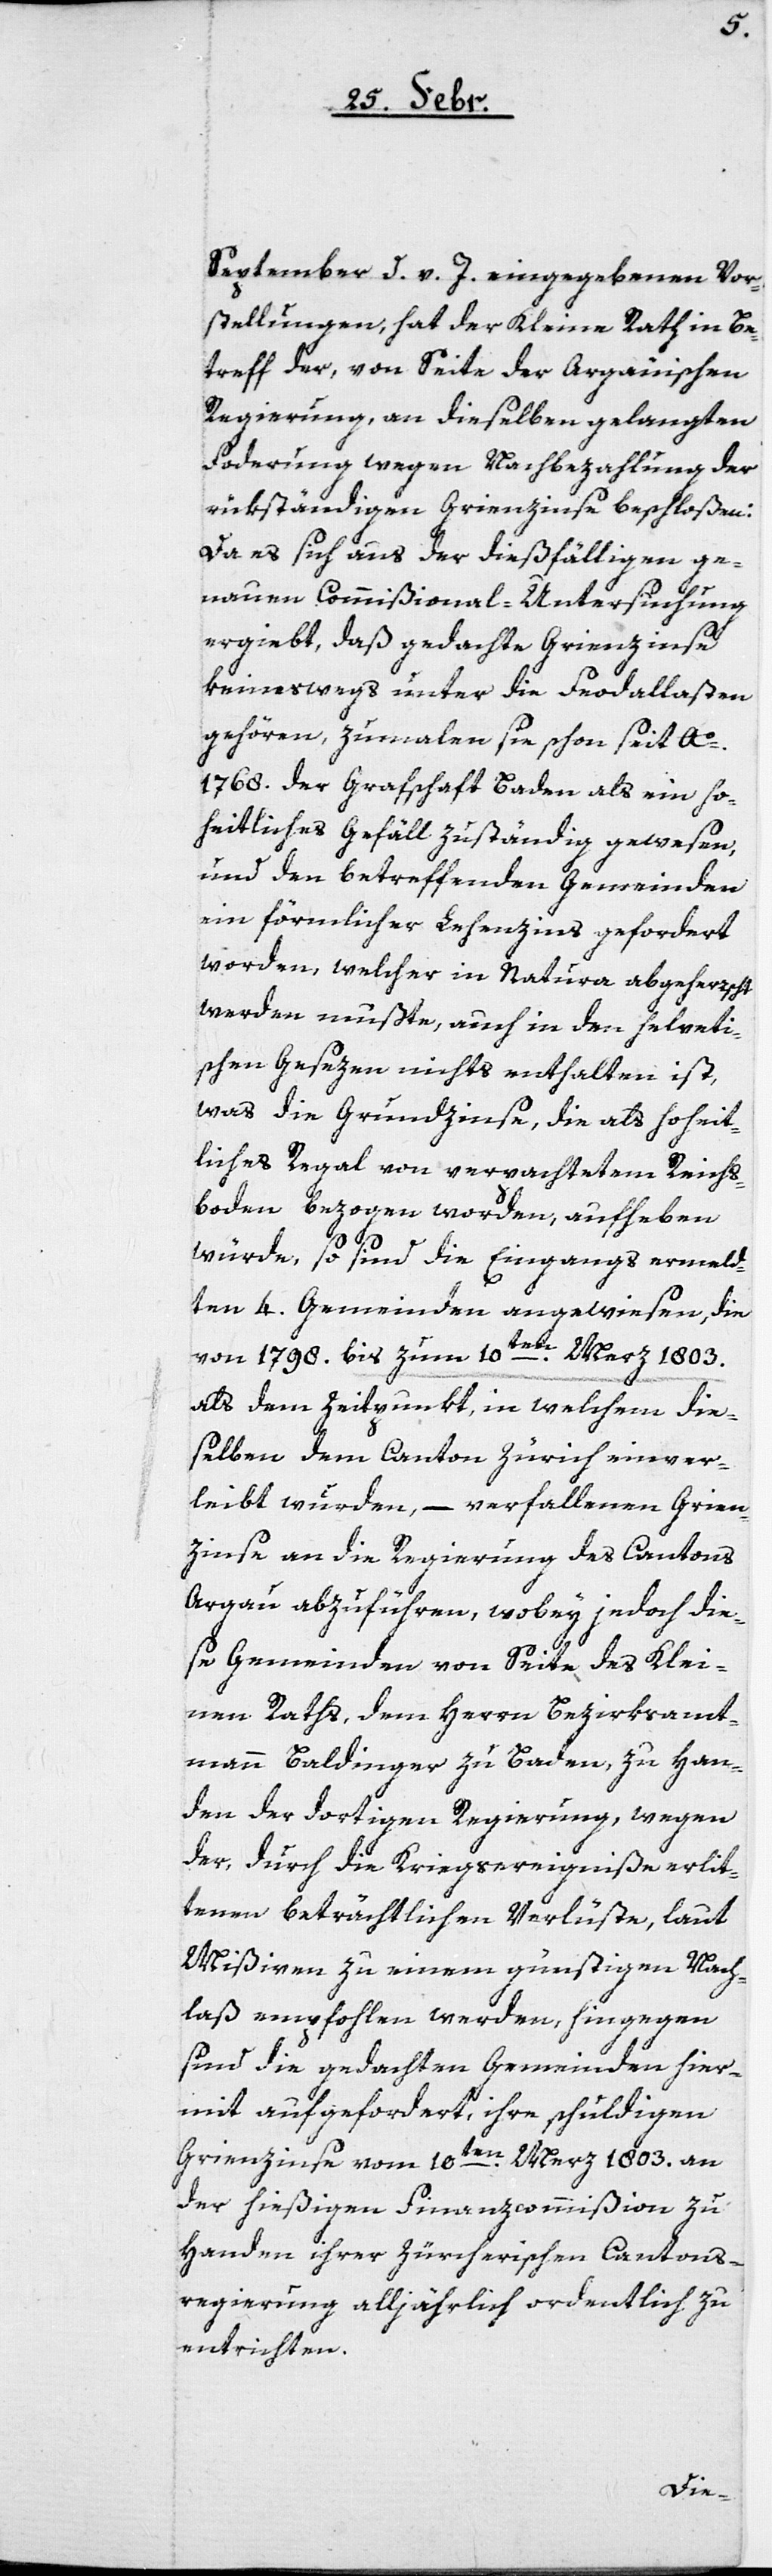
September d. v. J. eingegebenen Vor¬
stellungen, hat der Kleine Rath in Be¬
treff der, von Seite der Argauischen
Regierung, an dieselben gelangten
Fo[r]derung wegen Nachbezahlung der
rükständigen Grienzinse beschloßen:
Da es sich aus der dießfälligen ge¬
nauen Commißional-Untersuchung
ergiebt, daß gedachte Grienzinse
keineswegs unter die Frodallasten
gehören, zumalen sie schon seit Ao
1768 der Grafschaft Baden als ein ho¬
heitliches Gefäll zuständig gewesen,
und den betreffenden Gemeinden
ein förmlicher Lehenzins gefordert
worden, welcher in Natura abgeherrscht
werden mußte, auch in den helveti¬
schen Gesezen nichts enthalten ist,
was die Grundzinse, die als hoheit¬
liches Regal von verpachtetem Reichs¬
boden bezogen worden, aufheben
würde, so sind die Eingangs ermeld¬
ten 4. Gemeinden angewiesen, die
von 1798. bis zum 10ten Merz 1803.
als dem Zeitpunkt, in welchem die¬
selben dem – Canton Zürich einver¬
leibt wurden, – verfallenen Grien¬
zinse an die Regierung des Cantons
Argau abzuführen, wobey jedoch die¬
se Gemeinden von Seite des Klei¬
nen Raths, dem Herrn Bezirksamt¬
mann Baldinger zu Baden, zu Han¬
den der dortigen Regierung, wegen
der, durch die Kriegsereigniße erlit¬
tenen beträchtlichen Verlüste, laut
Mißiven zu einem günstigen Nach¬
laß empfohlen werden, hingegen
sind die gedachten Gemeinden hier¬
mit aufgefordert, ihre schuldigen
Grienzinse vom 10ten Merz 1803. an
der hießigen Finanzcommißion zu
Handen ihrer Zürcherischen Cantons¬
regierung alljährlich ordentlich zu
entrichten.